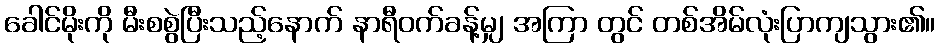
ခေါင်မိုးကို မီးစစွဲပြီးသည့်နောက် နာရီဝက်ခန့်မျှ အကြာ တွင် တစ်အိမ်လုံးပြာကျသွား၏။